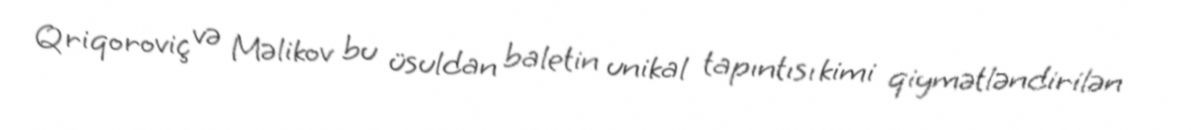
Qriqoroviç və Məlikov bu üsuldan baletin unikal tapıntısı kimi qiymətləndirilən